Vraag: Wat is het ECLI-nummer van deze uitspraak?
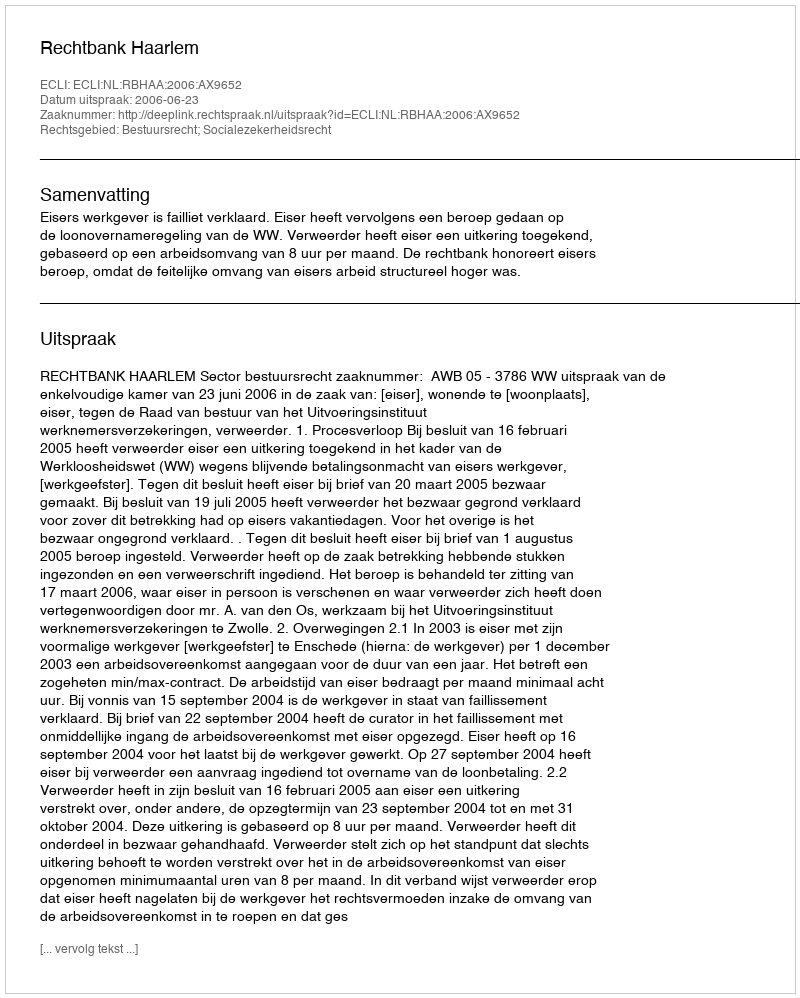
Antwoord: ECLI:NL:RBHAA:2006:AX9652